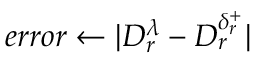
e r r o r \gets | D _ { r } ^ { \lambda } - D _ { r } ^ { \delta _ { r } ^ { + } } |